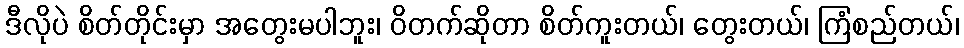
ဒီလိုပဲ စိတ်တိုင်းမှာ အတွေးမပါဘူး၊ ဝိတက်ဆိုတာ စိတ်ကူးတယ်၊ တွေးတယ်၊ ကြံစည်တယ်၊